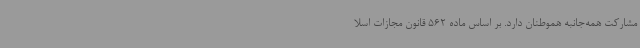
مشارکت همه‌جانبه هموطنان دارد. بر اساس ماده 562 قانون مجازات اسلا